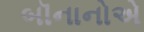
બૉનાનોએ